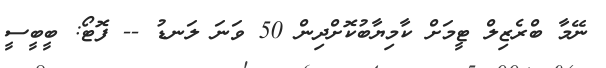
ނޭމާ ބްރެޒިލް ޓީމަށް ކާމިޔާބުކޮށްދިން 50 ވަނަ ލަނޑު -- ފޮޓޯ: ބީބީސީ